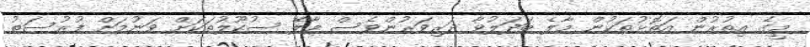
މީގެ އިތުރުން އަތޮޅުތަކުން މާލެ ބަދަލުވާ ދަރިވަރުންވެސް މާލޭ ސުކޫލުތަކަށް ވަނުމަށް ފުރުސަތު